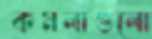
কমলাগুলো